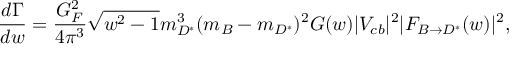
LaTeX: \frac { d \Gamma } { d w } = \frac { G _ { F } ^ { 2 } } { 4 \pi ^ { 3 } } \sqrt { w ^ { 2 } - 1 } m _ { D ^ { * } } ^ { 3 } ( m _ { B } - m _ { D ^ { * } } ) ^ { 2 } { \cal G } ( w ) | V _ { c b } | ^ { 2 } | { \cal F } _ { B \to D ^ { * } } ( w ) | ^ { 2 } ,